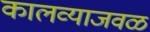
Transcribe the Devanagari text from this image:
कालव्याजवळ